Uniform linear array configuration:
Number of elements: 8
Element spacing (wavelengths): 1
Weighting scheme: uniform
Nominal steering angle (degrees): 60
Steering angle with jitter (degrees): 60.616
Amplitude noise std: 0.05
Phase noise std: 0.05

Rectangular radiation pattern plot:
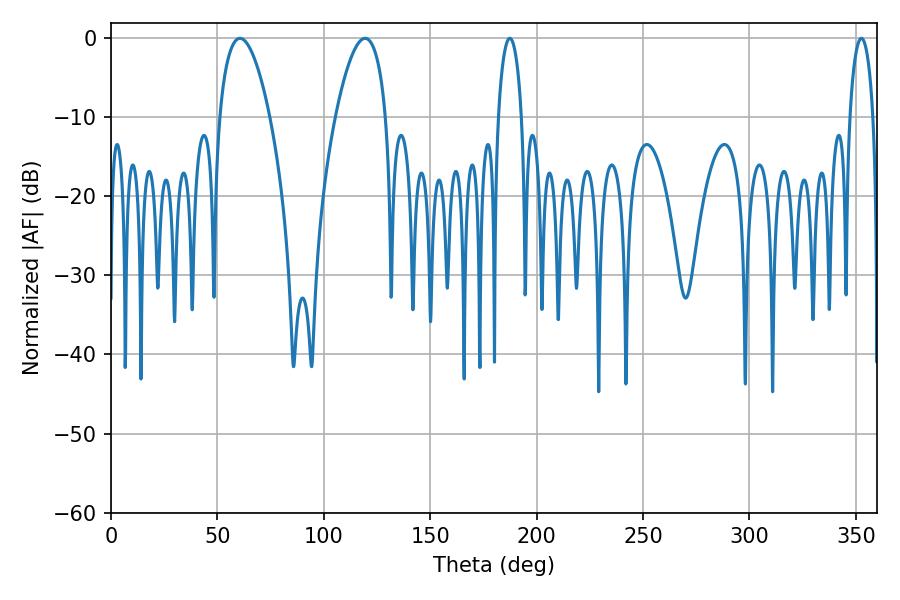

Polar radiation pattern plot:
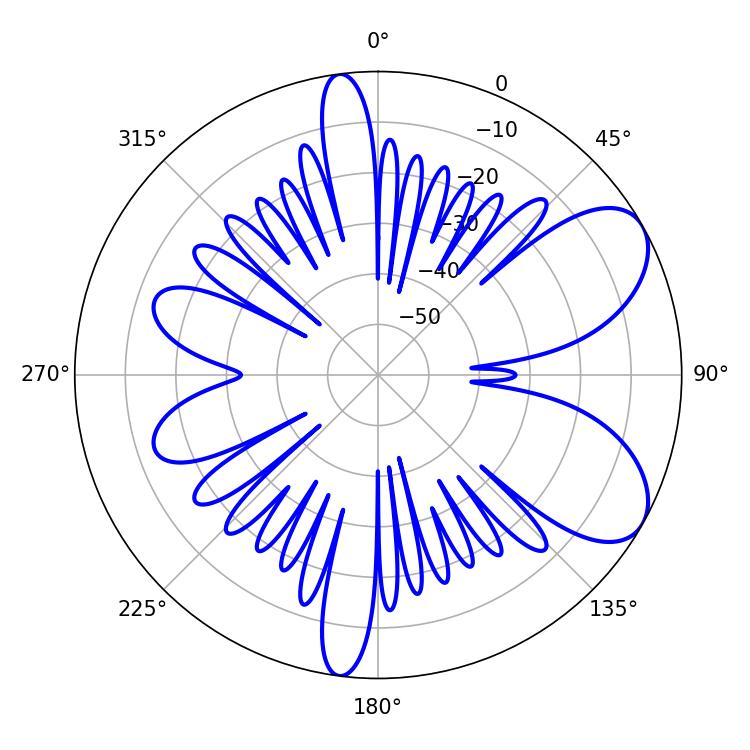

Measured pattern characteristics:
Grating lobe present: TRUE
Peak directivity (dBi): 7.216
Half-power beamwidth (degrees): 6.3
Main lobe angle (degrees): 187.38